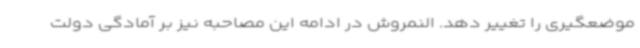
موضعگیری را تغییر دهد. النمروش در ادامه این مصاحبه نیز بر آمادگی دولت